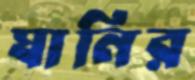
ঘানির